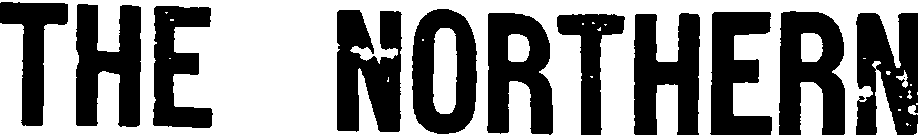
THE NORTHERN